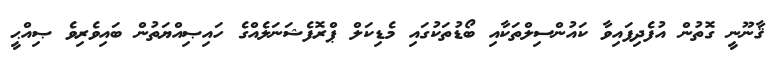
ޤާނޫނީ ގޮތުން އުފެދިފައިވާ ކައުންސިލްތަކާއި ބޯޑުތަކުގައި މެޑިކަލް ޕްރޮފެޝަނަލެއްގެ ހައިޞިއްޔަތުން ބައިވެރިވެ ޞިއްޙީ